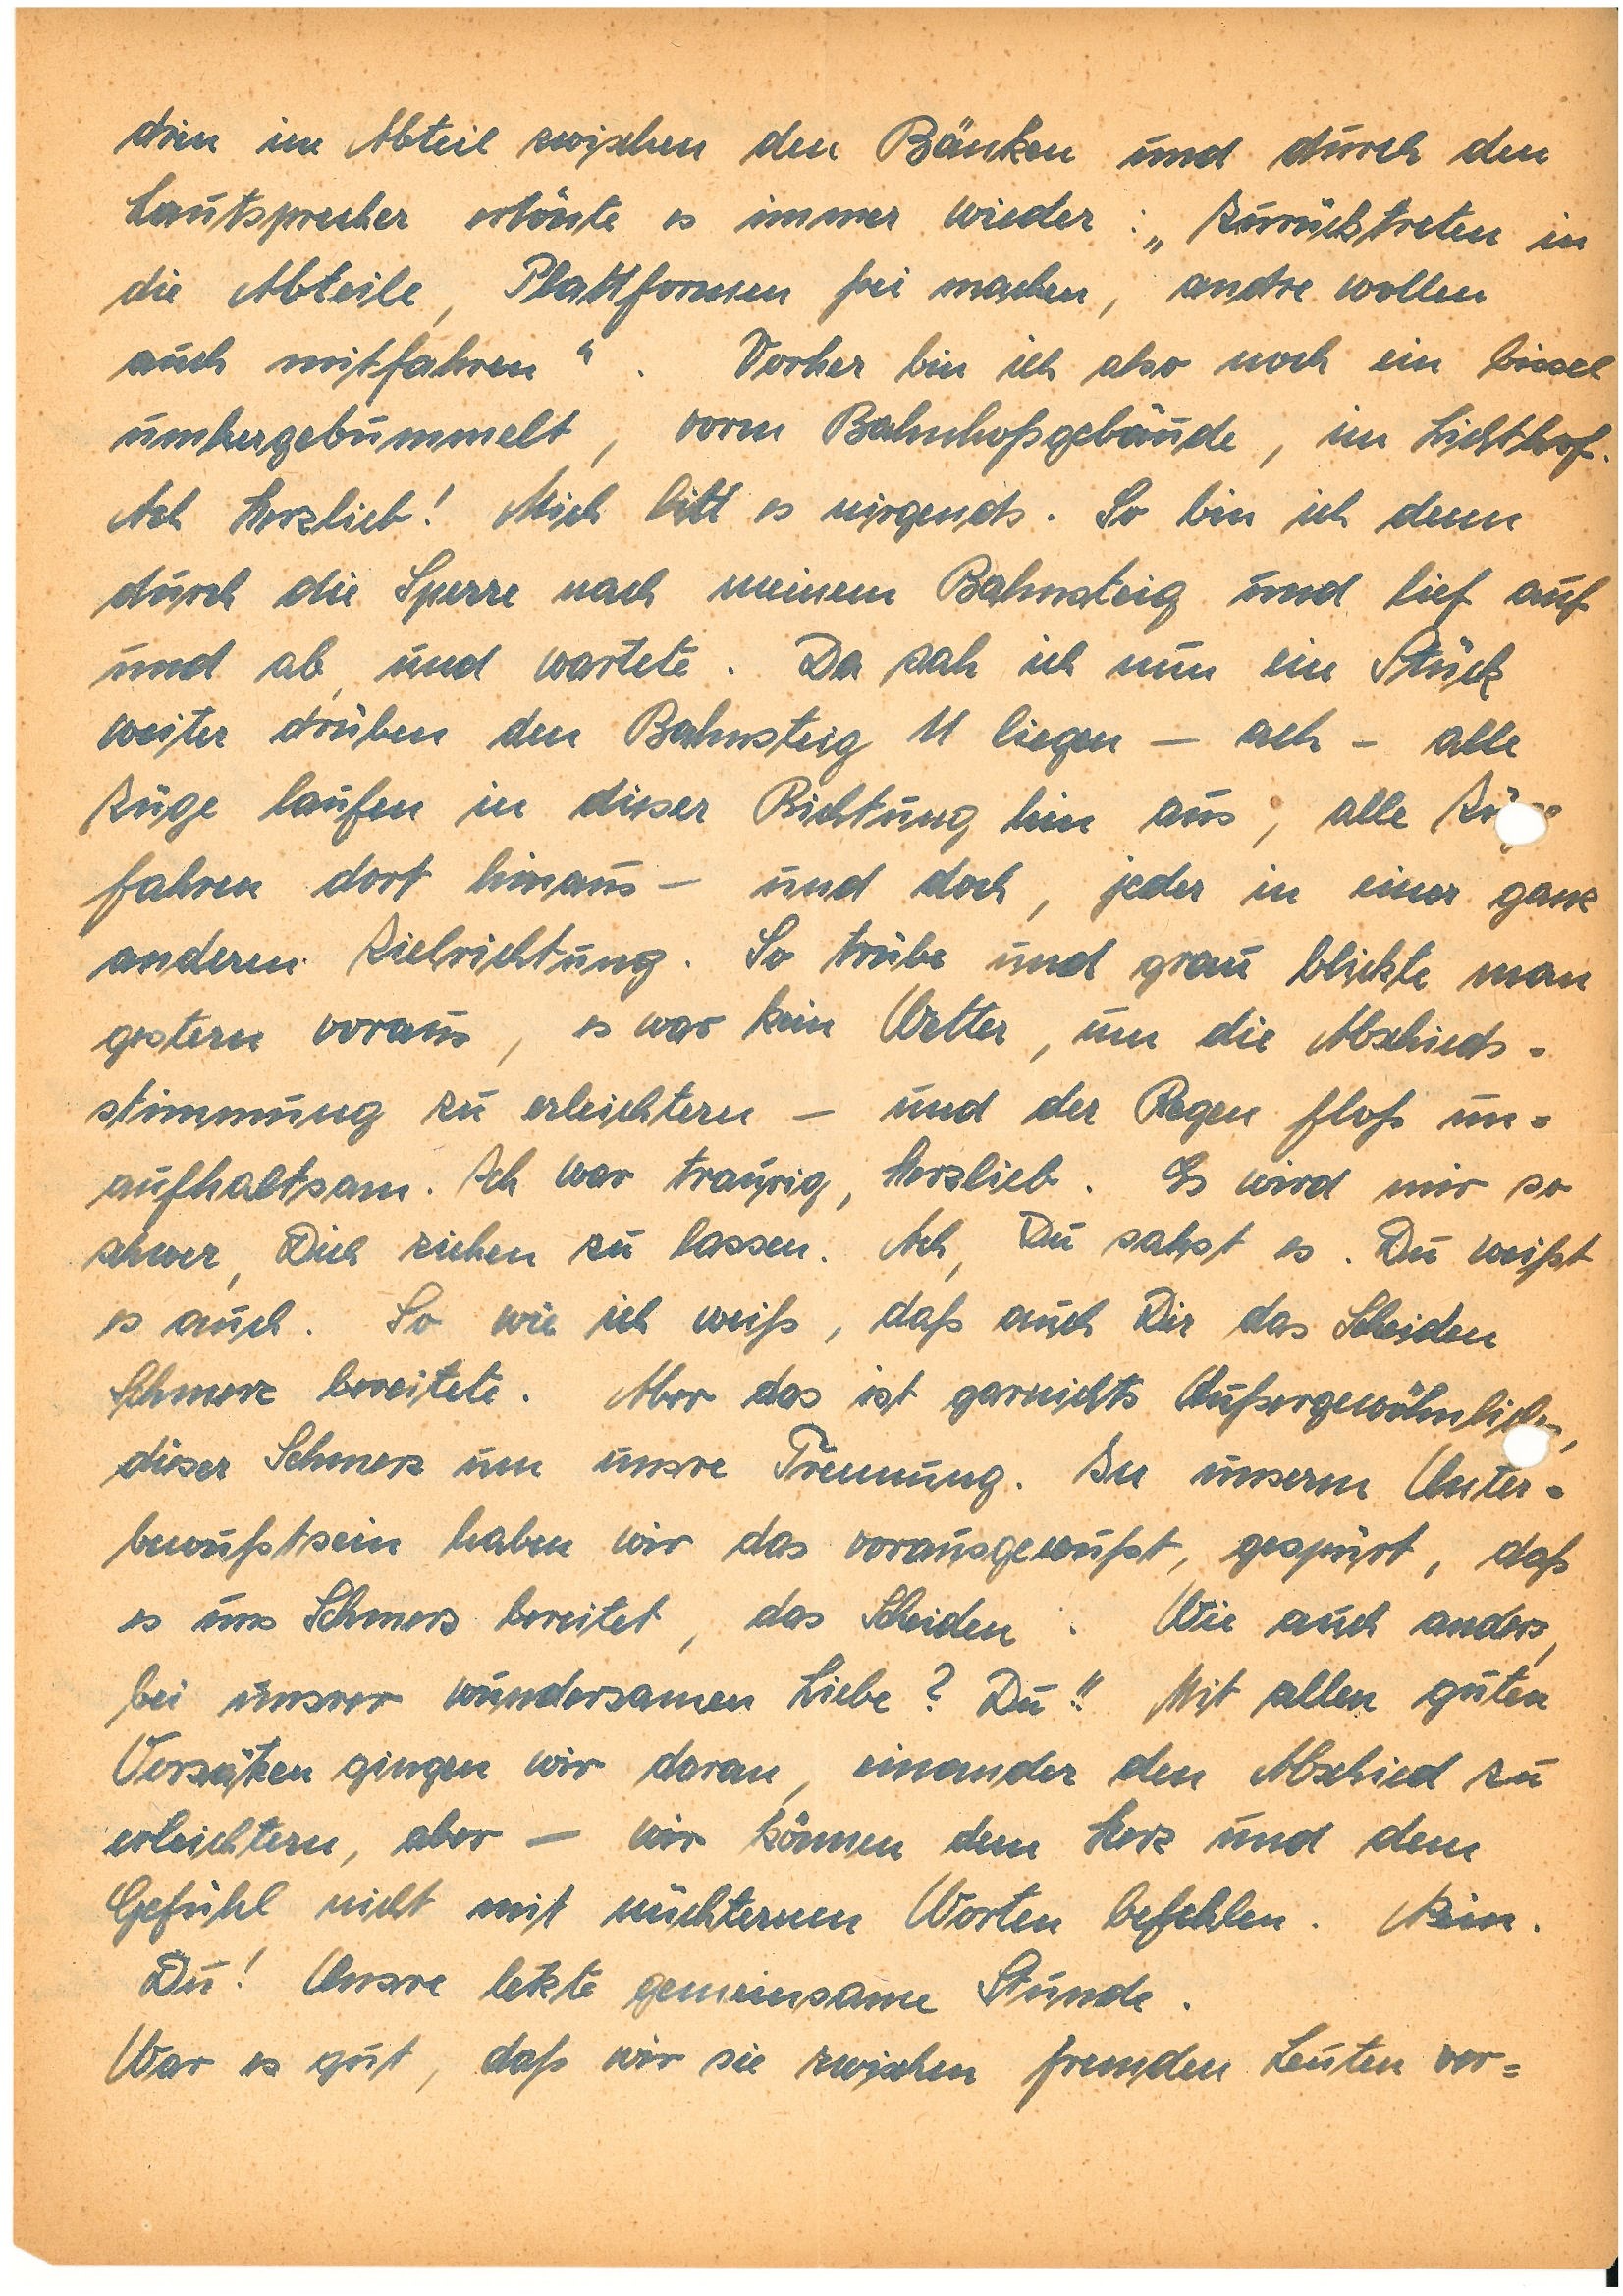
drin im Abteil zwischen den Bänken und durch den
Lautsprecher ertönte es immer wieder: „Zurücktreten in
die Abteile, Plattformen frei machen, andre wollen
auch mitfahren”. Vorher bin ich aber noch ein bissel
umhergebummelt, vorm Bahnhofsgebäude, im Lichthof.
Ach Herzlieb! Mich hilt es nirgends. So bin ich dann
durch die Sperre nach meinem Bahnsteig und lief auf
und ab und wartete. Da sah ich nun ein Stück
weiter drüben den Bahnsteig 11 liegen – ach – alle
Züge laufen in dieser Richtung hier aus, alle Züge
fahren dorthinaus – und doch, jeder in einer ganz
anderen Zielrichtung. So trübe und grau blickte man
gestern voraus, es war kein Wetter, um die Abschieds¬
stimmung zu erleichtern – und der Regen floß un¬
aufhaltsam. Ich war traurig, Herzlieb. Es wird mir so
schwer, Dich ziehen zu lassen. Ach, Du sahst es. Du weißt
es auch. So wie ich weiß, daß auch Dir das Scheiden
Schmerz bereitete. Aber das ist garnichts Außergewöhnliches,
dieser Schmerz um unsre Trennung. In unserm Unter¬
bewusstsein haben wir das vorausgewußt, gespürt, daß
es uns Schmerz bereitet, das Scheiden. Wie auch anders,
bei unsrer wundersamen Liebe? Du!! Mit allen guten
Vorsätzen gingen wir daran, einander den Abschied zu
erleichtern, aber – wir können dem Herz und dem
Gefühl nicht mit nüchternen Worten befehlen. Nein.
Du! Unsre letzte gemeinsame Stunde.
War es gut, daß wir sie zwischen fremden Leuten ver¬